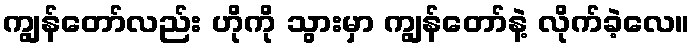
ကျွန်တော်လည်း ဟိုကို သွားမှာ ကျွန်တော်နဲ့ လိုက်ခဲ့လေ။